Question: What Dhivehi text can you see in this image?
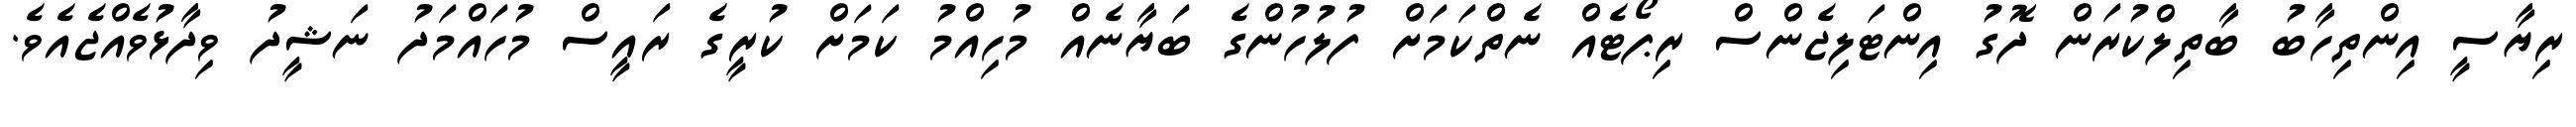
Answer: ރިޔާސީ އިންތިހާބު ބާތިލްކުރަން ދޮގު އިންޓަލިޖެންސް ރިޕޯޓެއް ނެތްކަމަށް ފުލުހުންގެ ބަޔާނެއް މުހިއްމު ކަމަށް ކުރީގެ ރައީސް މުހައްމަދު ނަޝީދު ވިދާޅުވެއްޖެއެވެ.